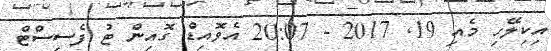
އިކިލޭހި މެއި 19